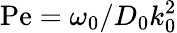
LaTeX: \mathrm{Pe}=\omega_{0}/D_{0}k_{0}^{2}